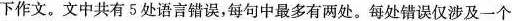
下作文。文中共有5处语言错误，每句中最多有两处。每处错误仅涉及一个